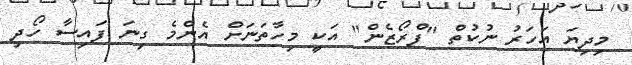
މިދިޔަ އަހަރު ނުކުތް "ފްރޯޒެން" އަކީ މިހާތަނަށް އެންމެ ގިނަ ފައިސާ ހޯދި